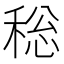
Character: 𮃐